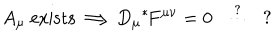
A _ { \mu } \mathrm { \ e x i s t s } \Longrightarrow D _ { \mu } \mathrm { } ^ { * } \! F ^ { \mu \nu } = 0 \ \ \stackrel { ? } { \cdots } \ \ ?